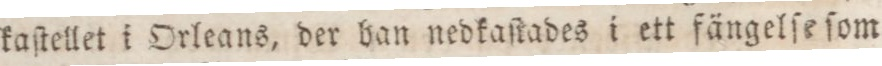
kaſtellet i Orleans, der ban nedkaſtades i ett fängelſe ſom